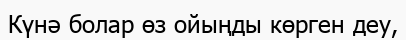
Күнә болар өз ойыңды көрген деу,